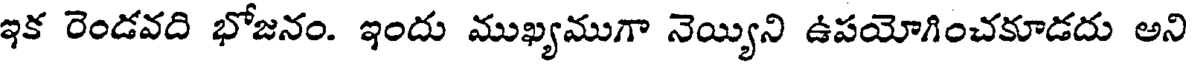
ఇక రెండవది భోజనం. ఇందు ముఖ్యముగా నెయ్యిని ఉపయోగించకూడదు అని